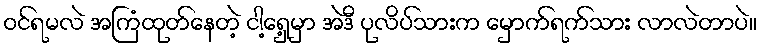
ဝင်ရမလဲ အကြံထုတ်နေတဲ့ ငါ့ရှေ့မှာ အဲဒီ ပုလိပ်သားက မှောက်ရက်သား လာလဲတာပဲ။